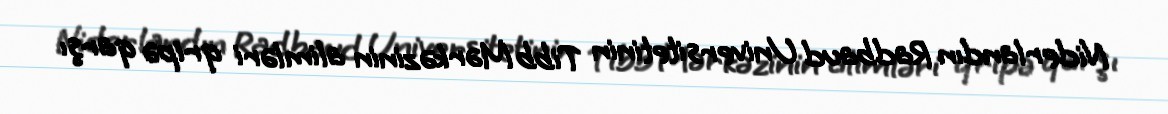
Niderlandın Radbaud Universitetinin Tibb Mərkəzinin alimləri qripə qarşı